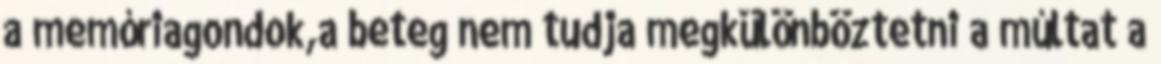
a memóriagondok,a beteg nem tudja megkülönböztetni a múltat a